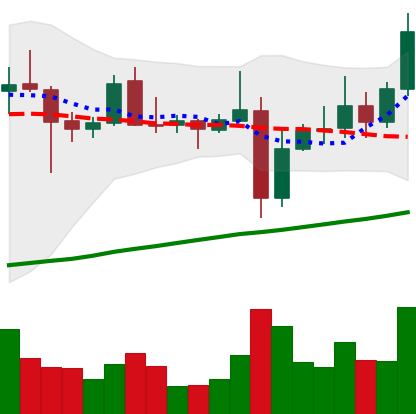
Ticker: XRP-USD
Chart end date: 2021-11-03
Forward return: 6.087%
Label: up_5_7